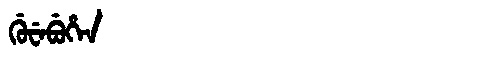
Manchu: ᡤᡠᠸᡝᠪᡠᡥᡝᠨ
Romanization: GUWEBUHEN